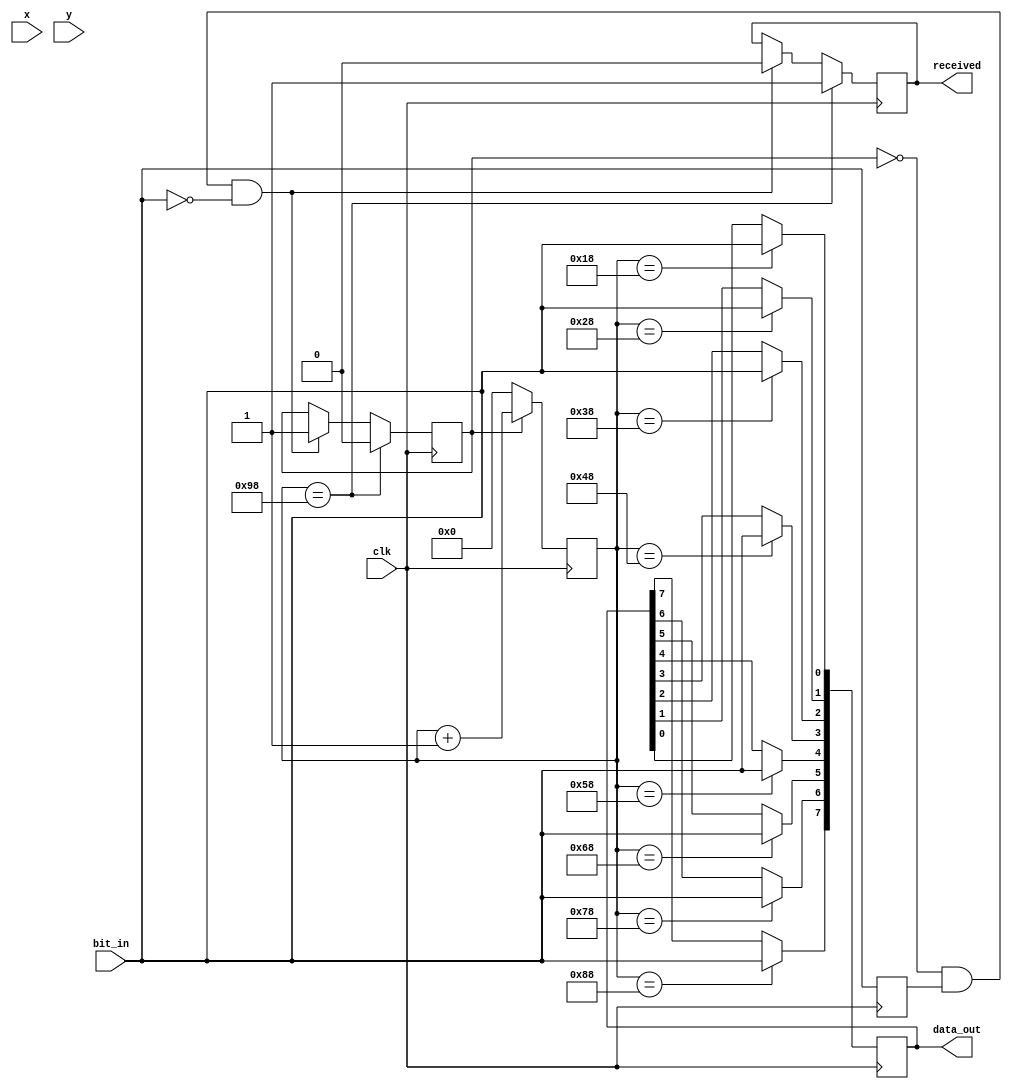
`timescale 1ns / 1ps
//////////////////////////////////////////////////////////////////////////////////
// Company: 
// Engineer: 
// 
// Design Name: 
// Module Name: uart_rx
// Project Name: 
// Target Devices: 
// Tool Versions: 
// Description: 
// 
// Dependencies: 
// 
// Revision:
// Revision 0.01 - File Created
// Additional Comments:
// 
//////////////////////////////////////////////////////////////////////////////////


module uart_rx(
    input clk,
    input x,
    input y,
    input bit_in,
    output reg received,
    output reg [7:0] data_out
    );
    wire refresh_tick;
    assign refresh_tick = ((y == 481) && (x == 0)) ? 1 : 0; // start of vsync(vertical retrace)
    
    reg last_bit;
    reg receiving = 0;
    reg [7:0] count;
    
    always@(posedge clk) begin
        if (~receiving & last_bit & ~bit_in) begin
            receiving <= 1;
            received <= 0;
            count <= 0;
        end

        last_bit <= bit_in;
        count <= (receiving) ? count+1 : 0;
        
        // sampling every 16 ticks
        case (count)
            8'd24:  data_out[0] <= bit_in;
            8'd40:  data_out[1] <= bit_in;
            8'd56:  data_out[2] <= bit_in;
            8'd72:  data_out[3] <= bit_in;
            8'd88:  data_out[4] <= bit_in;
            8'd104: data_out[5] <= bit_in;
            8'd120: data_out[6] <= bit_in;
            8'd136: data_out[7] <= bit_in;
            8'd152: begin received <= 1; receiving <= 0; end
        endcase
    end
endmodule